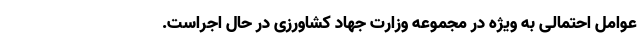
عوامل احتمالی به ویژه در مجموعه وزارت جهاد کشاورزی در حال اجراست.